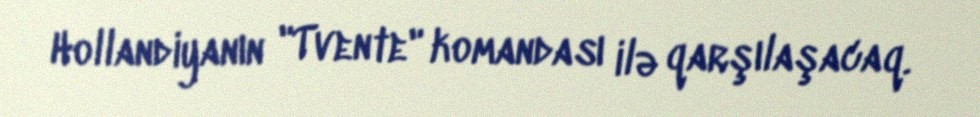
Hollandiyanın "Tvente" komandası ilə qarşılaşacaq.